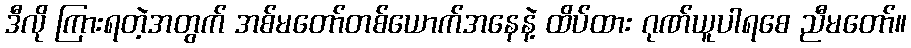
ဒီလို ကြားရတဲ့အတွက် အစ်မတော်တစ်ယောက်အနေနဲ့ ထိပ်ထား ဂုဏ်ယူပါရစေ ညီမတော်။